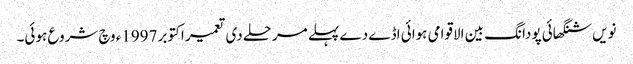
نویں شنگھائی پودانگ بین الاقوامی ہوائی اڈے دے پہلے مرحلے د‏‏ی تعمیر اکتوبر 1997ء وچ شروع ہوئی۔